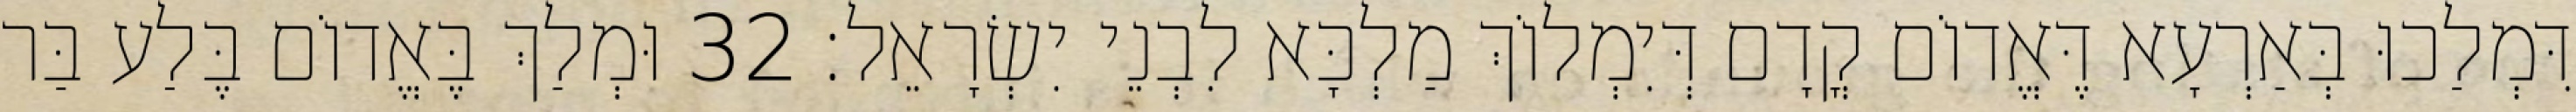
דִּמְלַכוּ בְּאַרְעָא דֶּאֱדוֹם קֳדָם דְּיִמְלוֹךְ מַלְכָּא לִבְנֵי יִשְׂרָאֵל׃ 32 וּמְלַךְ בֶּאֱדוֹם בֶּלַע בַּר